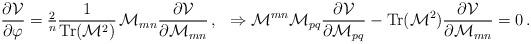
LaTeX: \begin{align*}\frac{\partial {\cal V}}{\partial \varphi} = {\textstyle\frac{2}{n}} \frac{1}{{\rm Tr}({\cal M}^2)}\, {\cal M}_{mn} \frac{\partial {\cal V}}{\partial {\cal M}_{mn}}\, ,\,\,\,\,\Rightarrow {\cal M}^{mn}{\cal M}_{pq} \frac{\partial {\cal V}}{\partial {\cal M}_{pq}} - {\rm Tr}({\cal M}^2) \frac{\partial {\cal V}}{\partial {\cal M}_{mn}} = 0\, .\end{align*}